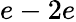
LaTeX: e-2e